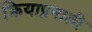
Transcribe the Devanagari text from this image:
क्रियाप्रनाली